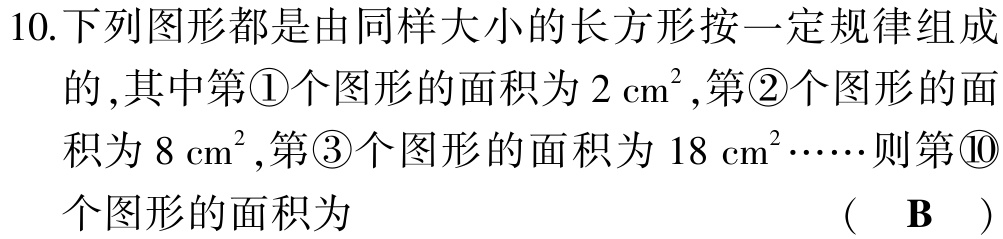
10.下列图形都是由同样大小的长方形按一定规律组成的,其中第\textcircled{1}个图形的面积为\(2\mathrm{cm}^{2}\),第\textcircled{2}个图形的面积为\(8\mathrm{cm}^{2}\),第\textcircled{3}个图形的面积为\(18\mathrm{cm}^{2}\cdots\cdots\)则第\textcircled{10}个图形的面积为  (  \(\mathbf{B}\)  )